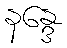
နန္ဒေ